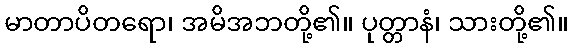
မာတာပိတရော၊ အမိအဘတို့၏။ ပုတ္တာနံ၊ သားတို့၏။